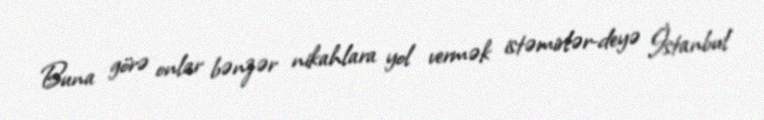
Buna görə onlar bənzər nikahlara yol vermək istəmirlər-deyə İstanbul